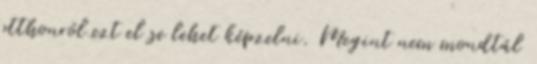
otthonról ezt el se lehet képzelni. Megint nem mondtál